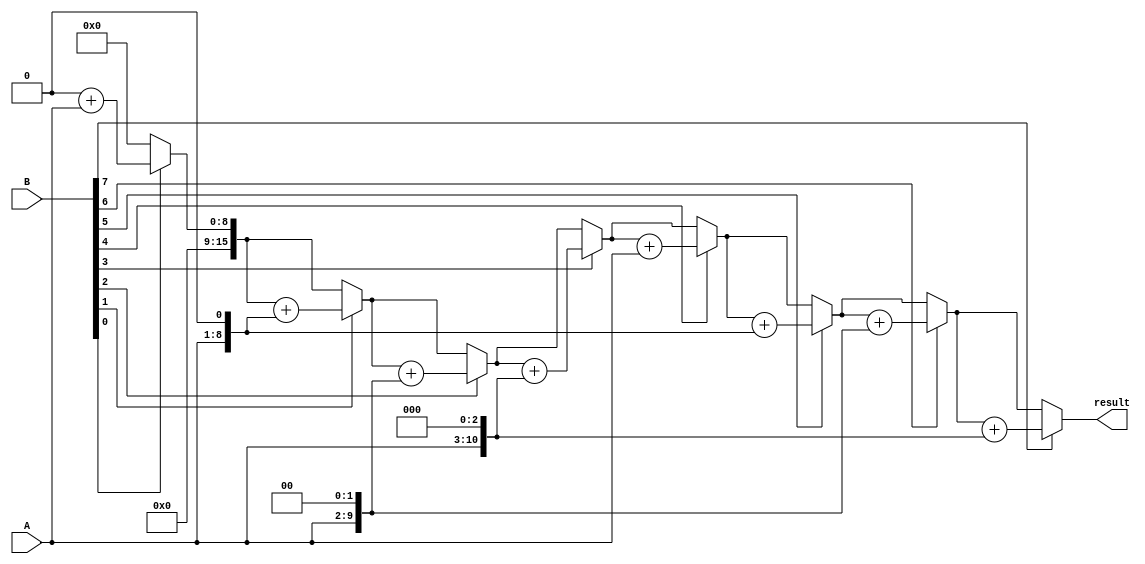
module multiplier (
    input [7:0] A,
    input [7:0] B,
    output reg [15:0] result
);

reg [15:0] partial_product;
reg [3:0] count;
reg [1:0] shift;

always @ (A or B) begin
    shift = 0;
    partial_product = 0;
    result = 0;
    
    for (count = 0; count < 8; count = count + 1) begin
        if (B[count] == 1) begin
            partial_product = A << shift;
            result = result + partial_product;
        end
        shift = shift + 1;
    end
end

endmodule